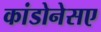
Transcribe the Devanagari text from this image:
कांडोनेसए